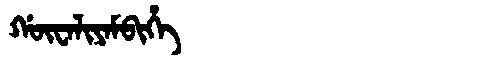
Manchu: ᡤᡡᠸᠠᠯᡳᠶᠠᠮᠪᡳᡥᡝ
Romanization: GŪWALIYAMBIHE